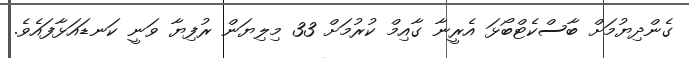
ގެންދިޔުމަށް ބާސްކެޓްބޯޅަ އެރީނާ ގާއިމް ކުރުމަށް 33 މިލިޔަން ރުފިޔާ ވަނީ ކަނޑައަޅާފައެވެ.